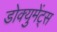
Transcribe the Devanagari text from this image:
डोक्युमेंट्स